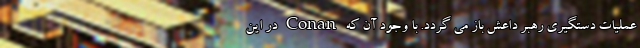
عملیات دستگیری رهبر داعش باز می گردد. با وجود آن که Conan در این